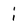
Character: i